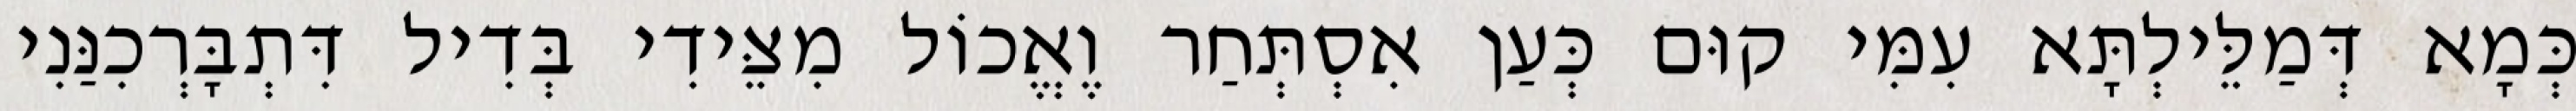
כְּמָא דְּמַלֵּילְתָּא עִמִּי קוּם כְּעַן אִסְתְּחַר וֶאֱכוֹל מִצֵּידִי בְּדִיל דִּתְבָּרְכִנַּנִי